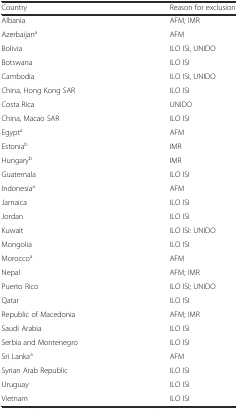
| Country | Reason for exclusion |
 | --- | --- |
 | Albania | AFM; IMR |
 | Azerbaijana | AFM |
 | Bolivia | ILO ISI, UNIDO |
 | Botswana | ILO ISI |
 | Cambodia | ILO ISI, UNIDO |
 | China, Hong Kong SAR | ILO ISI |
 | Costa Rica | UNIDO |
 | China, Macao SAR | ILO ISI |
 | Egypta | AFM |
 | Estoniab | IMR |
 | Hungaryb | IMR |
 | Guatemala | ILO ISI |
 | Indonesiaa | AFM |
 | Jamaica | ILO ISI |
 | Jordan | ILO ISI |
 | Kuwait | ILO ISI: UNIDO |
 | Mongolia | ILO ISI |
 | Moroccoa | AFM |
 | Nepal | AFM; IMR |
 | Puerto Rico | ILO ISI; UNIDO |
 | Qatar | ILO ISI |
 | Republic of Macedonia | AFM; IMR |
 | Saudi Arabia | ILO ISI |
 | Serbia and Montenegro | ILO ISI |
 | Sri Lankaa | AFM |
 | Syrian Arab Republic | ILO ISI |
 | Uruguay | ILO ISI |
 | Vietnam | ILO ISI |